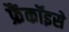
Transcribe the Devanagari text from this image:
फ्रैंकॉइसे